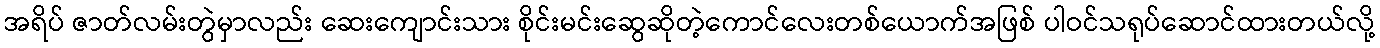
အရိပ် ဇာတ်လမ်းတွဲမှာလည်း ဆေးကျောင်းသား စိုင်းမင်းဆွေဆိုတဲ့ကောင်လေးတစ်ယောက်အဖြစ် ပါဝင်သရုပ်ဆောင်ထားတယ်လို့